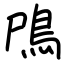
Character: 鳲